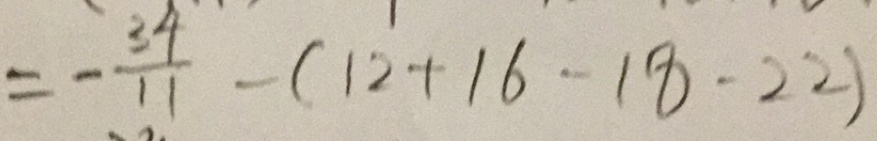
= - \frac { 3 4 } { 1 1 } - ( 1 2 + 1 6 - 1 8 - 2 2 )